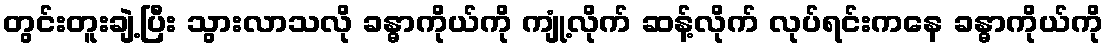
တွင်းတူးချဲ့ပြီး သွားလာသလို ခန္ဓာကိုယ်ကို ကျုံ့လိုက် ဆန့်လိုက် လုပ်ရင်းကနေ ခန္ဓာကိုယ်ကို